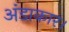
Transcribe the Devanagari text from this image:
अंडाकार।